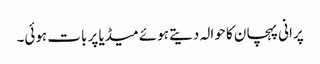
پرانی پہچان کا حوالہ دیتے ہوئے میڈیا پر بات ہوئی۔